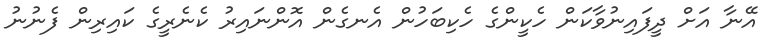
އޭނާ އަށް ދީފައިނުވާކަން ހެކީންގެ ހެކިބަހުން އެނގެން އޮންނައިރު ކެނެރީގެ ކައިރިން ފެނުނު